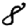
Digit: 8